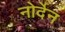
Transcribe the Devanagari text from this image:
नोर्देन